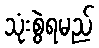
သုံးစွဲရမည်